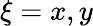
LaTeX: \xi=x,y